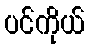
ပင်ကိုယ်